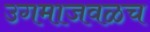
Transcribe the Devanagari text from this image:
उगमाजवळच